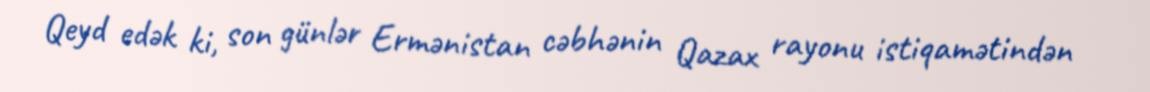
Qeyd edək ki, son günlər Ermənistan cəbhənin Qazax rayonu istiqamətindən